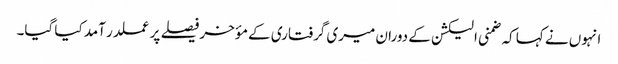
انہوں نے کہا کہ ضمنی الیکشن کے دوران میری گرفتاری کے مؤخر فیصلے پر عملدر آمد کیا گیا۔